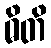
ဓိတိ